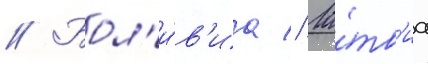
// Бол'и́в'иа // Ла́тв'иа